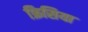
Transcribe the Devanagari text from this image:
फ्रिसिया